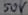
Text: 50V